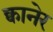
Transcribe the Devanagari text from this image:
क्वानेर